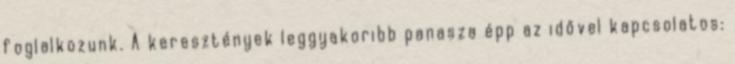
foglalkozunk. A keresztények leggyakoribb panasza épp az idővel kapcsolatos: